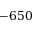
- 6 5 0